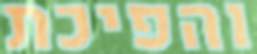
והפיכת